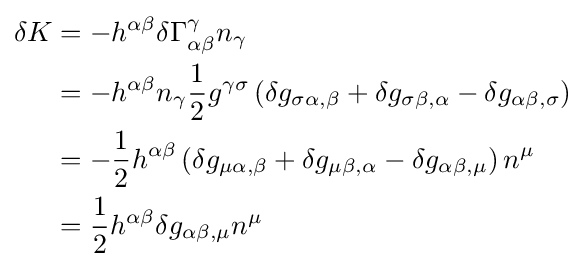
{\begin{aligned}\delta K&=-h^{\alpha \beta }\delta \Gamma _{\alpha \beta }^{\gamma }n_{\gamma }\\&=-h^{\alpha \beta }n_{\gamma }{\frac {1}{2}}g^{\gamma \sigma }\left(\delta g_{\sigma \alpha ,\beta }+\delta g_{\sigma \beta ,\alpha }-\delta g_{\alpha \beta ,\sigma }\right)\\&=-{1 \over 2}h^{\alpha \beta }\left(\delta g_{\mu \alpha ,\beta }+\delta g_{\mu \beta ,\alpha }-\delta g_{\alpha \beta ,\mu }\right)n^{\mu }\\&={\frac {1}{2}}h^{\alpha \beta }\delta g_{\alpha \beta ,\mu }n^{\mu }\end{aligned}}